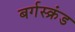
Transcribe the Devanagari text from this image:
बर्गस्क्रंड